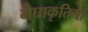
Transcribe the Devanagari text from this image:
मेघाकृतियों